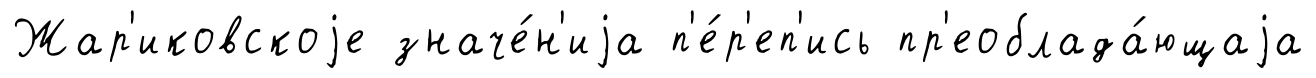
Жар'иковскоjе значе́н'иjа п'е́р'еп'ись пр'еоблада́ющаjа